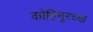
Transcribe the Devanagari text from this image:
कोहिनूरच्या